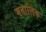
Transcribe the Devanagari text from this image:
मतालिक